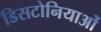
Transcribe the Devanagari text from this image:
डिसटोनियाओं